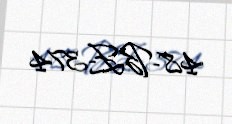
48-BZ-374